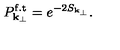
P _ { { \bf k } _ { \perp } } ^ { \mathrm { f . t } } = e ^ { - 2 S _ { { \bf k } _ { \perp } } } .